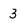
Character: 3